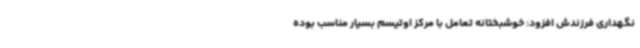
نگهداری فرزندش افزود: خوشبختانه تعامل با مرکز اوتیسم بسیار مناسب بوده